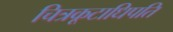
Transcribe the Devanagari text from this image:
चित्रकूटाधिपति